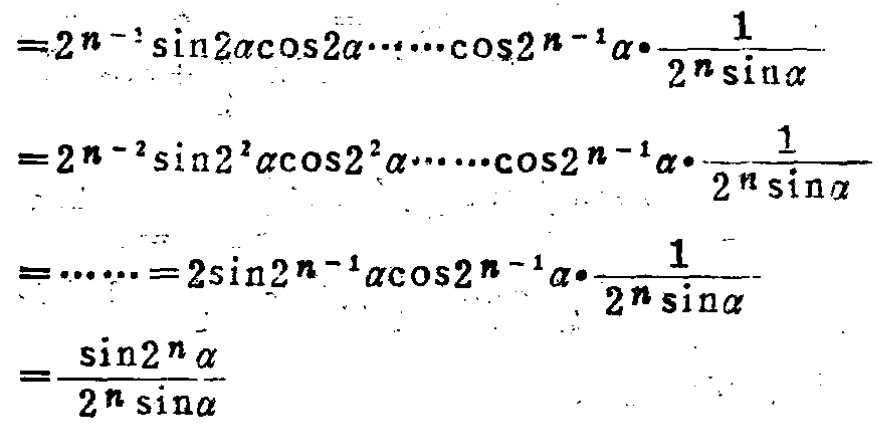
\[

\begin{align*}

&=2^{n - 1}\sin2\alpha\cos2\alpha\cdots\cos2^{n - 1}\alpha\cdot\frac{1}{2^{n}\sin\alpha}\\

&=2^{n - 2}\sin2^{2}\alpha\cos2^{2}\alpha\cdots\cos2^{n - 1}\alpha\cdot\frac{1}{2^{n}\sin\alpha}\\

&=\cdots\cdots=2\sin2^{n - 1}\alpha\cos2^{n - 1}\alpha\cdot\frac{1}{2^{n}\sin\alpha}\\

&=\frac{\sin2^{n}\alpha}{2^{n}\sin\alpha}

\end{align*}

\]